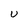
Character: U